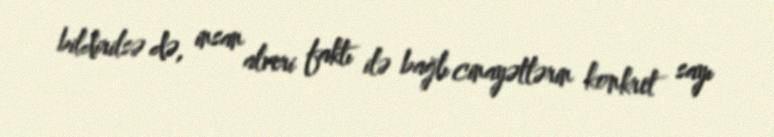
bildirilsə də, insan alveri faktı ilə bağlı cinayətlərin konkret sayı